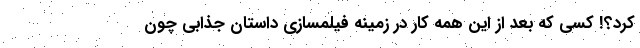
کرد؟! کسی که بعد از این همه کار در زمینه فیلمسازی داستان جذابی چون